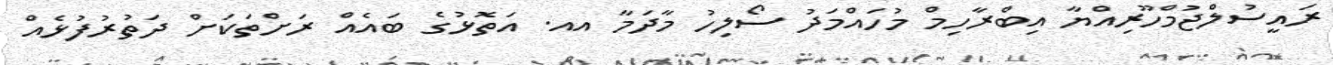
ރައީސުލްޖުމްހޫރިއްޔާ އިބްރާހިމް މުހައްމަދު ސޯލިހު މާދަމާ އއ. އަތޮޅުގެ ބައެއް ރަށްތަކަށް ދަތުރުފުޅެއް